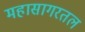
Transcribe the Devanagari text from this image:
महासागरतल